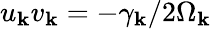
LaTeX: u_{\mathbf k}v_{\mathbf k}=-\gamma_{\mathbf k}/2\Omega_{\mathbf k}